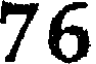
76